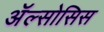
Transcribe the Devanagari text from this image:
ॲल्सोसिस